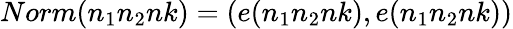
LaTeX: Norm(n_{1}n_{2}nk)=(e(n_{1}n_{2}nk),e(n_{1}n_{2}nk))